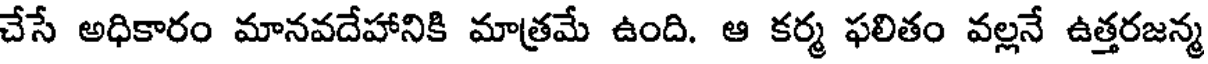
చేసే అధికారం మానవదేహానికి మాత్రమే ఉంది. ఆ కర్మ ఫలితం వల్లనే ఉత్తరజన్మ